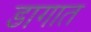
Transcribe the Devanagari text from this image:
डागात